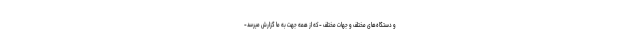
و دستگاه‌های مختلف و جهات مختلف -که از همه جهت به ما گزارش میرسد-